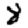
Digit: 8